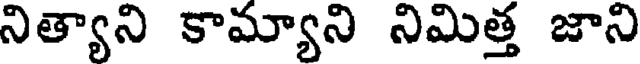
నిత్యాని కామ్యాని నిమిత్త జాని